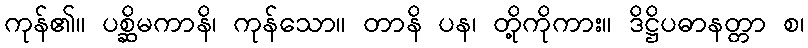
ကုန်၏။ ပစ္ဆိမကာနိ၊ ကုန်သော။ တာနိ ပန၊ တို့ကိုကား။ ဒိဋ္ဌိပဓာနတ္တာ စ၊